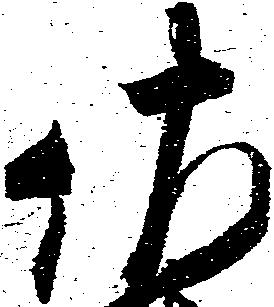
佐